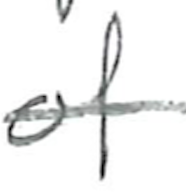
Text: of
Cross-out: single-line
Writing tool: pencil